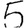
Digit: 5